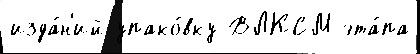
изда́н'ий упако́вку ВЛКСМ эта́па